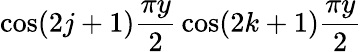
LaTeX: \cos(2j+1){\frac{\pi y}{2}}\cos(2k+1){\frac{\pi y}{2}}